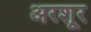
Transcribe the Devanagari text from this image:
अरशूर